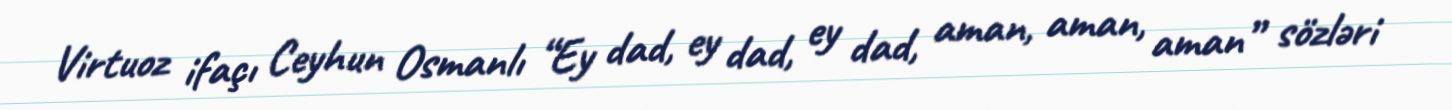
Virtuoz ifaçı Ceyhun Osmanlı “Ey dad, ey dad, ey dad, aman, aman, aman” sözləri